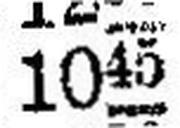
1045